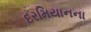
દરમિયાનના